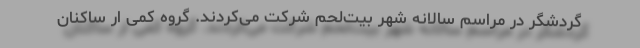
گردشگر در مراسم سالانه شهر بیت‌لحم شرکت می‌کردند. گروه کمی ار ساکنان